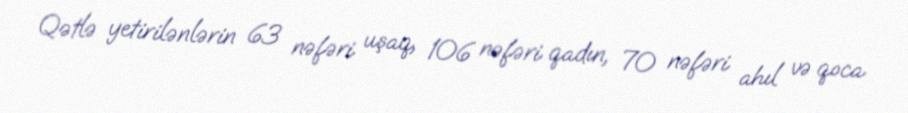
Qətlə yetirilənlərin 63 nəfəri uşaq, 106 nəfəri qadın, 70 nəfəri ahıl və qoca